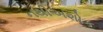
નથીઅશોક